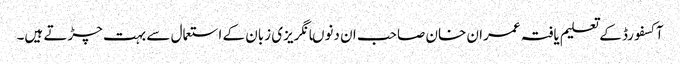
آکسفورڈ کے تعلیم یافتہ عمران خان صاحب ان دنوںانگریزی زبان کے استعمال سے بہت چڑتے ہیں۔